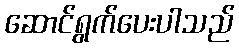
ဆောင်ရွက်ပေးပါသည်